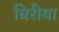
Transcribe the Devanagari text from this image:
बिरीया